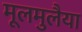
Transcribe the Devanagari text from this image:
मूलमुलैया